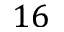
1 6